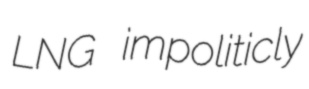
LNG impoliticly